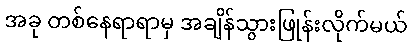
အခု တစ်နေရာရာမှ အချိန်သွားဖြုန်းလိုက်မယ်